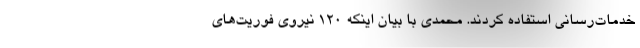
خدمات‌رسانی استفاده کردند. محمدی با بیان اینکه ۱۲۰ نیروی فوریت‌های